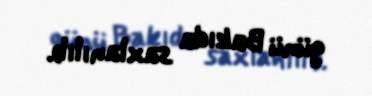
günü Bakıda saxlanılıb.